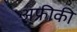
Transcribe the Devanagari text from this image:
अ्फ्रीकी